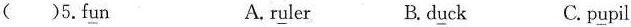
( )5.f\underline{u}n A. r\underline{u}ler B.d\underline{u}ck C.p\underline{u}pil